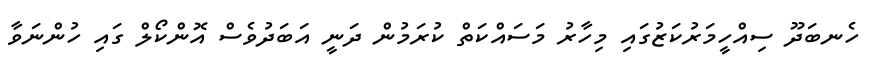
ހެނބަދޫ ސިއްހީމަރުކަޒުގައި މިހާރު މަސައްކަތް ކުރަމުން ދަނީ އަބަދުވެސް އޮންކޯލް ގައި ހުންނަވާ